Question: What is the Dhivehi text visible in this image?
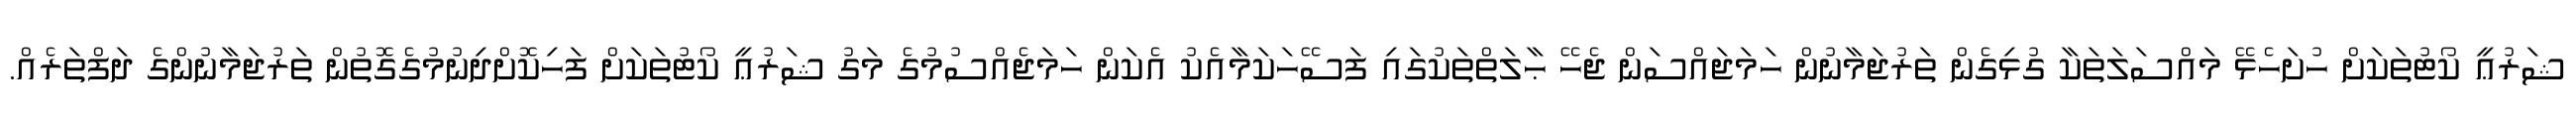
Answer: ޝަރުޢީ ކޯޓުތަކަށް ހުށަހެޅޭ މައްސަލަތަކާ ގުޅިގެން ތަރުޖަމާނުން ހަމަޖައްސަން ޖެހޭ ޙާލަތްތަކުގައި ފަސޭހަކަމާއެކު އެކަން ހަމަޖެއްސުމުގެ މަގު ޝަރުޢީ ކޯޓުތަކަށް ފަހިކޮށްދިނުމުގެގޮތުން ތަރުޖަމާނުންގެ ދަފްތަރެއް.